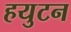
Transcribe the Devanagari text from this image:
हयुटन